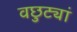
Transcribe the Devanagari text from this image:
वछुट्यां